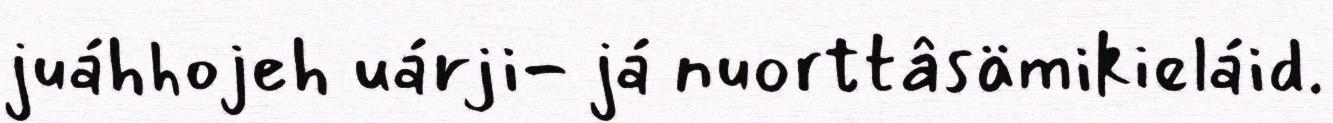
juáhhojeh uárji- já nuorttâsämikieláid.